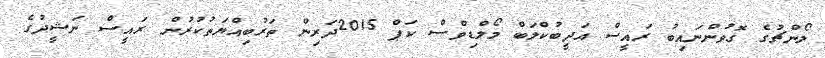
ލޯންޗުގެ ގޮވުންނައިބު ރައީސް އަދީބުކްލަބް މޯލްޑިވްސް ކަޕް 2015ދަރިން ތަރުބިއްޔަތުކުރުން ރައީސް ނަޝީދުގެ